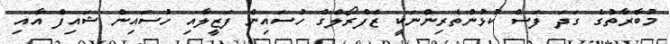
މުބާރާތުގެ ގަދަ ފަސް ކުޅުންތެރިންނަކީ ޒެފްރޯލްގެ ހުސައިން ފަޒީލާއި ހުސައިން ޝައިފް އާއި